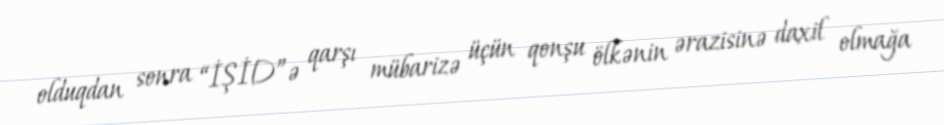
olduqdan sonra “İŞİD”ə qarşı mübarizə üçün qonşu ölkənin ərazisinə daxil olmağa